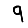
Digit: 9